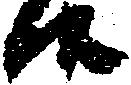
候